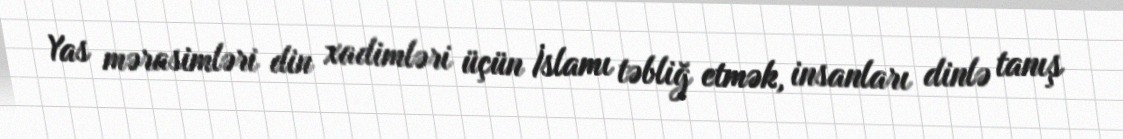
Yas mərasimləri din xadimləri üçün İslamı təbliğ etmək, insanları dinlə tanış